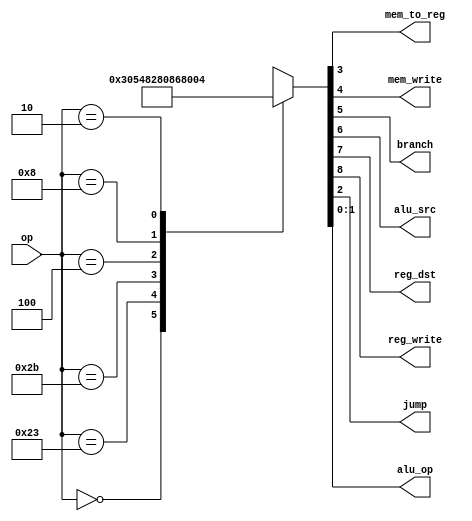
module main_dec(
    input wire [5:0] op,
    output wire mem_to_reg, mem_write,
    output wire branch, alu_src,
    output wire reg_dst, reg_write,
    output wire jump,
    output wire [1:0] alu_op
);

reg [8:0] controls;
assign {reg_write, reg_dst, alu_src, branch, mem_write,
mem_to_reg, jump, alu_op} = controls;
always@(*) begin
case(op)
6'b000000: controls <= 9'b110000010; // RTYPE
6'b100011: controls <= 9'b101001000; // LW
6'b101011: controls <= 9'b001010000; // SW
6'b000100: controls <= 9'b000100001; // BEQ
6'b001000: controls <= 9'b101000000; // ADDI
6'b000010: controls <= 9'b000000100; // J
default: controls <= 9'bxxxxxxxxx; // illegal op
endcase
end

endmodule